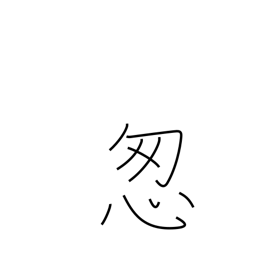
Meaning: hurry